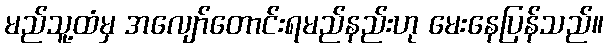
မည်သူ့ထံမှ အလျော်တောင်းရမည်နည်းဟု မေးနေပြန်သည်။